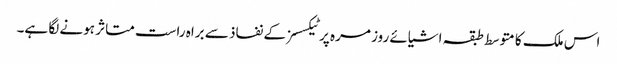
اس ملک کا متوسط طبقہ اشیائے روز مرہ پر ٹیکسسز کے نفاذ سے براہ راست متاثر ہونے لگا ہے۔